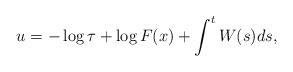
LaTeX: \begin{align*}u=-\log \tau + \log F(x)+\int^tW(s)ds,\end{align*}